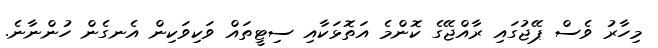
މިހާރު ވެސް ޕޭޖުގައި ރާއްޖޭގެ ކޮންމެ އަތޮޅަކާއި ސިޓީތައް ވަކިވަކިން އެނގެން ހުންނާނެ.